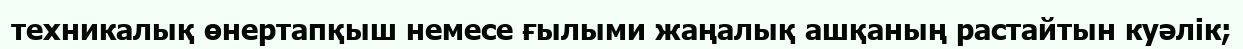
техникалық өнертапқыш немесе ғылыми жаңалық ашқаның растайтын куәлік;